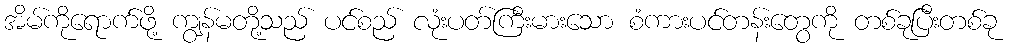
အိမ်ကိုရောက်ဖို့ ကျွန်မတို့သည် ပင်စည် လုံးပတ်ကြီးမားသော စံကားပင်တန်းတွေကို တစ်ခုပြီးတစ်ခု